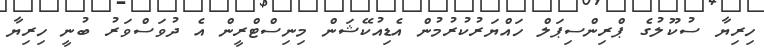
ހިރިޔާ ސުކޫލުގެ ޕްރިންސިޕަލް ހައްޔަރުކުރުމުން އެޑިއުކޭޝަން މިނިސްޓްރީން އެ ދުވަސްވަރު ބުނީ ހިރިޔާ